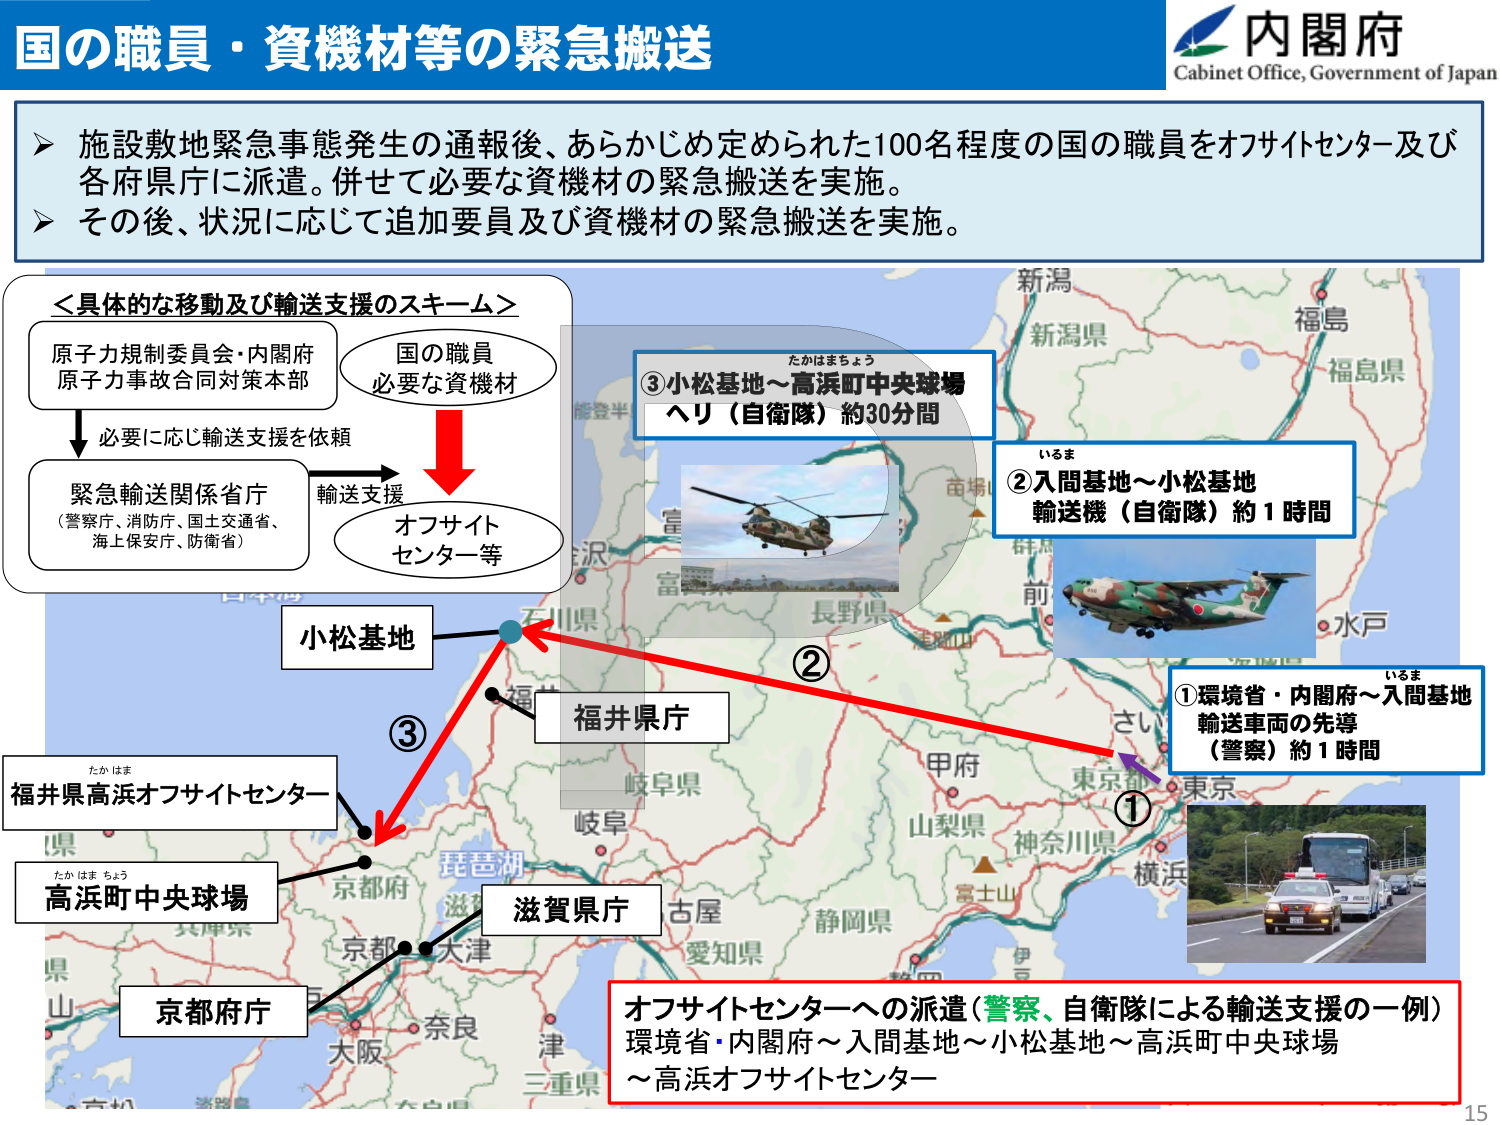
国の職員・資機材等の緊急搬送

内閣府
Cabinet Office, Government of Japan

▶ 施設敷地緊急事態発生の通報後、あらかじめ定められた100名程度の国の職員をオフサイトセンター及び各府県庁に派遣。併せて必要な資機材の緊急搬送を実施。
▶ その後、状況に応じて追加要員及び資機材の緊急搬送を実施。

＜具体的な移動及び輸送支援のスキーム＞
原子力規制委員会・内閣府
原子力事故合同対策本部
→ 必要に応じ輸送支援を依頼
緊急輸送関係省庁
（警察庁、消防庁、国土交通省、
海上保安庁、防衛省）
→ 輸送支援
国の職員
必要な資機材
→ オフサイト
センター等

①環境省・内閣府～入間基地
輸送車両の先導
（警察）約1時間

②入間基地～小松基地
輸送機（自衛隊）約1時間

③小松基地～高浜町中央球場
ヘリ（自衛隊）約30分間

たかはまちょう
高浜町中央球場

たかはま
福井県高浜オフサイトセンター

小松基地

福井県庁

滋賀県庁

京都府庁

オフサイトセンターへの派遣（警察、自衛隊による輸送支援の一例）
環境省・内閣府～入間基地～小松基地～高浜町中央球場
～高浜オフサイトセンター

15